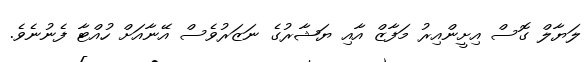
ލަޔާލް ގޮސް އިށީންއިރު މަފާޒް އާއި ޔަޝާރުގެ ނަޒަރުވެސް އޭނާއަށް ހުއްޓާ ފެނުނެވެ.